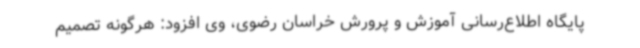
پایگاه اطلاع‌رسانی آموزش و پرورش خراسان رضوی، وی افزود: هرگونه تصمیم